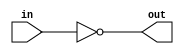
module not_8b(in, out);

	input[7:0] in;
	output[7:0] out;

	assign out = ~(in);
endmodule